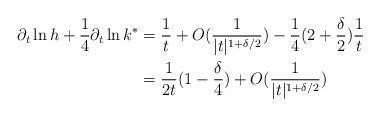
LaTeX: \begin{align*}\partial_t\ln h+\frac{1}{4}\partial_t\ln k^*&=\frac{1}{t}+O(\frac{1}{|t|^{1+\delta/2}})-\frac{1}{4}(2+\frac{\delta}{2})\frac{1}{t}\\&=\frac{1}{2t}(1-\frac{\delta}{4})+O(\frac{1}{|t|^{1+\delta/2}})\end{align*}